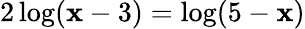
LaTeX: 2\log(\mathbf{x}-3)=\log(5-\mathbf{x})